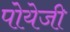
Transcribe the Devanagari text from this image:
पोयेजी